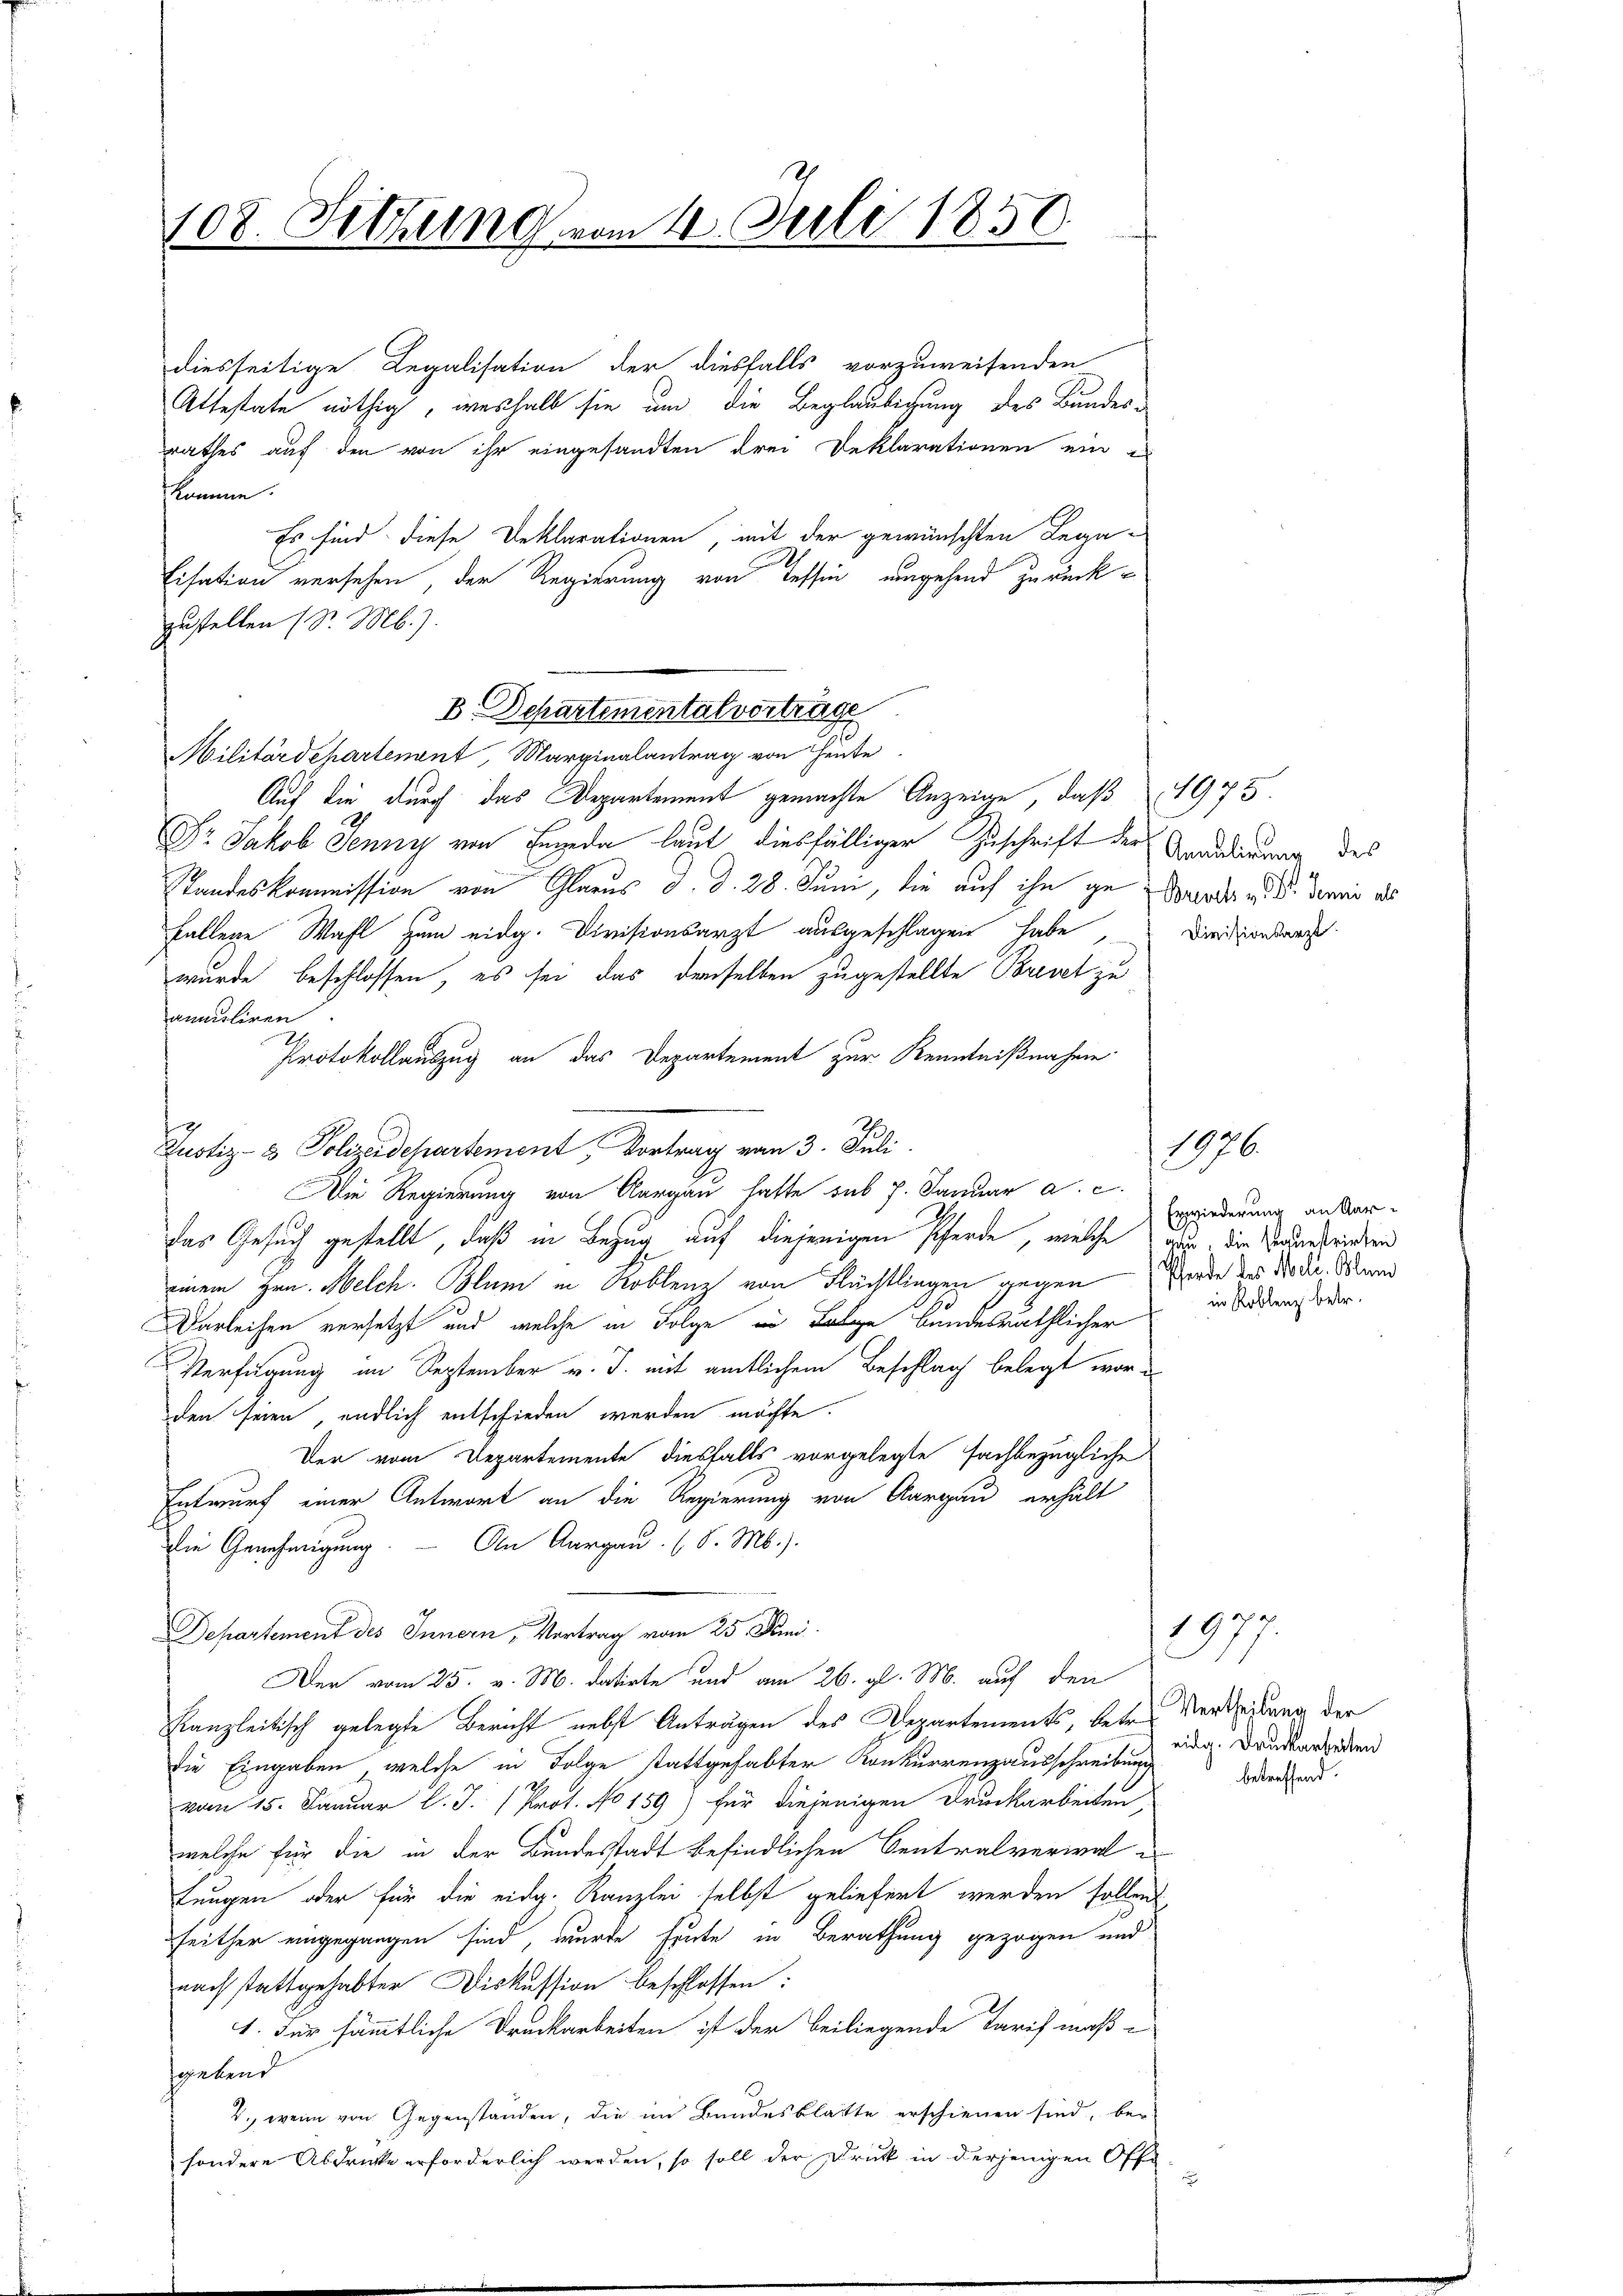
108. Setzung vom 4. Juli 1850

diesseitige Legalisation der diesfalls vorzuweisenden
Attestate nöthig, weshalb sie um die Beglaubigung des Bundes-
rathes auf den von ihr eingesandten drei Deklarationen ein
komme.
Es sind diese Deklarationen, mit der gewünschten Lega-
Eisation versehen, der Regierung von Tessin ungehend zurückzustellen (S. Mb.).
Auf die durch das Departement gemachte Anzeige, daß 1973
Dr. Jakob Jenny von Enneda laut diesfälliger Zuschrift der Aranderung des
Standeskommission von Glarus d. d. 28. Juni, die auf ihn ge Marode v. d. denir als
fallene Wahl zum eidg. Divisionsarzt ausgeschlagen habe
wurde beschlossen, es sei, das derselben zugestellte Brevet zu
ammsliren
Protokollauszug an das Departement zur Kenntnißnahme
Die Regierung von Aargau hatte sub 7. Januar a. c.
das Gesuch gestellt, daß in Bezug auf diejenigen Pferde, welche aus, die Vertrieben
einem Hrn. Melch. Blum in Koblenz von Flüchtlingen gegen
Darleihen versetzt und welche in Folge in Folge bundesräthlicher
Verfügung im September v. J. mit amtlichem Beschlag belegt worden seien, endlich entschieden werden möchte.
Der vom Departemente diesfalls vorgelegte fachbezügliche
Entwurf einer Antwort an die Regierung von Aargau erhält
Die Genehmigung. — An Aargau (S. M.)
Departement des Innern, Vortrag vom 25. Juni
Der vom 25. v. M. datirte und am 26. gl. M. auf den
kanzleitisch gelegte Bericht nebst Anträgen des Departements, betr. Verlegung der
die Eingaben, welche in Folge stattgehabter Konkurrenzausschreibung
vom 15. Januar l. J. (Prot. No 159) für diejenigen Druckarbeiten
welche für die in der Bundesstadt befindlichen Centralverwal¬
Lungen oder für die eidg. Kanzlei selbst geliefert werden sollend
seither eingegangen sind, wurde heute in Berathung gezogen und
nach stattgehabter Diskussion beschlossen:
1. Für sämmtliche Druckarbeiten ist der beiliegende Tarif maßgebend
V., wenn von Gegenstanden, die im Bundesblatte erschienen sind, ber
sondere Abdrücke erforderlich werden, so soll der Druk in derjenigen Offe

B Departemental vortrage
Militärdehartenant, Marginalantrag von Heute

Justiz- & Polizeidepartement, Vortrag vom 3. Juli

¬

Divisionsarzt.

.
Erwiederung an Aar-
Pferde des Meli. Blun
in Roblenz betr.

1
1976.

a
197
eidg. Druckarbeiten
betreffend.